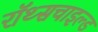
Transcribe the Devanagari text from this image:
रॉथ्सचाइल्ड